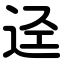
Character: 迳